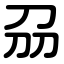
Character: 刕